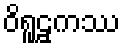
ဝိရူဠှကဿ